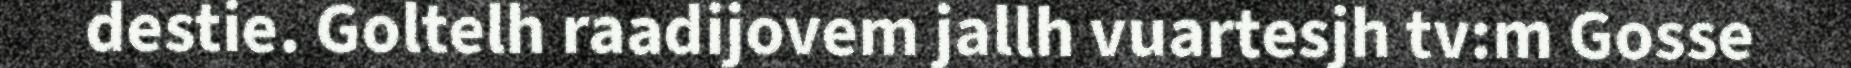
destie. Goltelh raadijovem jallh vuartesjh tv:m Gosse